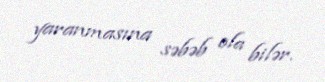
yaranmasına səbəb ola bilər.